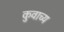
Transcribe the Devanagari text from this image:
कुवाच्य